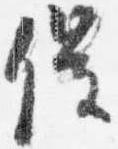
催